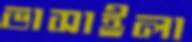
ভাসাইলা